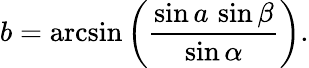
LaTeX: b=\arcsin\left({\frac{\sin a\, \sin\beta}{\sin\alpha}}\right).